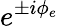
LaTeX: e^{\pm i\phi_{e}}